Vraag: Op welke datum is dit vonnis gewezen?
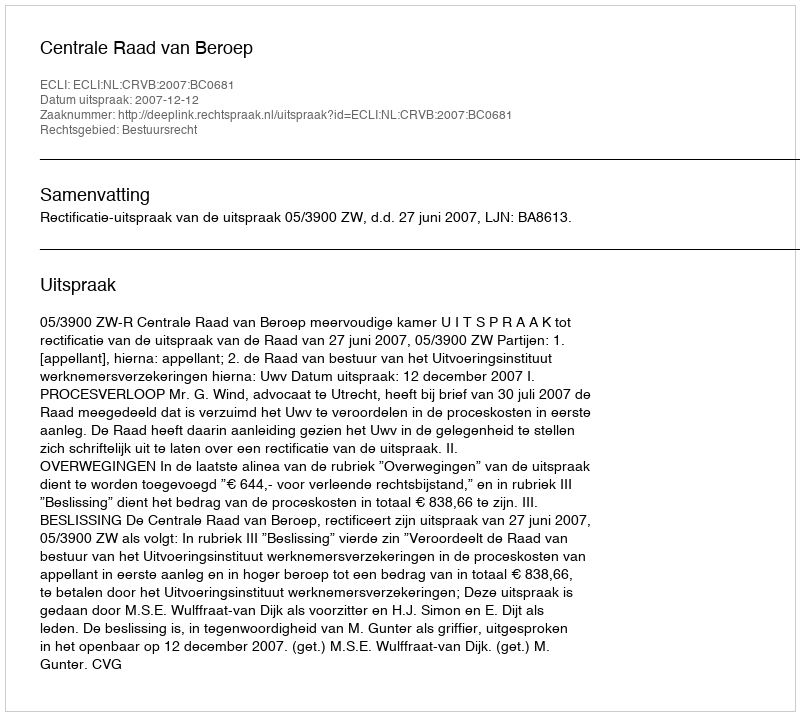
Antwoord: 2007-12-12